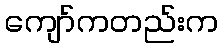
ကျော်ကတည်းက